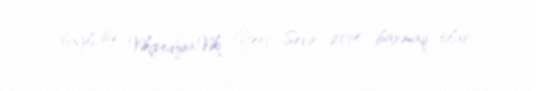
bağlı isə Vikipediya:Viki Yeri Sevir 2014 baxmaq olar.